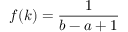
f ( k ) = { \frac { 1 } { b - a + 1 } }